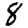
Digit: 8